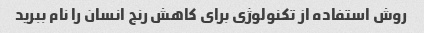
روش استفاده از تکنولوژی برای کاهش رنج انسان را نام ببرید